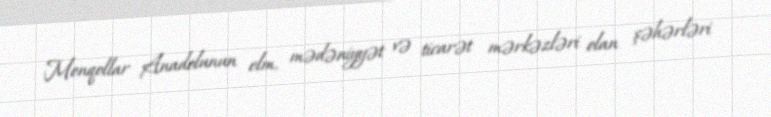
Monqollar Anadolunun elm, mədəniyyət və ticarət mərkəzləri olan şəhərləri